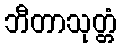
ဘီတာသုတ္တံ